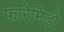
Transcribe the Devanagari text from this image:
फारेमिड़ो